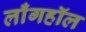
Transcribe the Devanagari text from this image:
लाँगहॉल